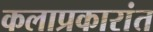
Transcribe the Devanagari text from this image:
कलाप्रकारांत